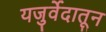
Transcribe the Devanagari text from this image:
यजुर्वेदातून